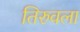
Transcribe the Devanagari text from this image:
तिरुवला